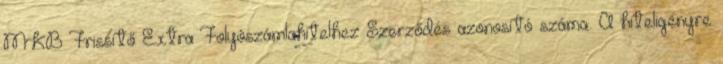
MKB Frissítő Extra Folyószámlahitelhez Szerződés azonosító száma:. A hiteligényre